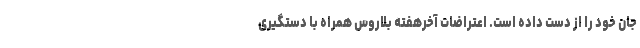
جان خود را از دست داده است. اعتراضات آخرهفته بلاروس همراه با دستگیری